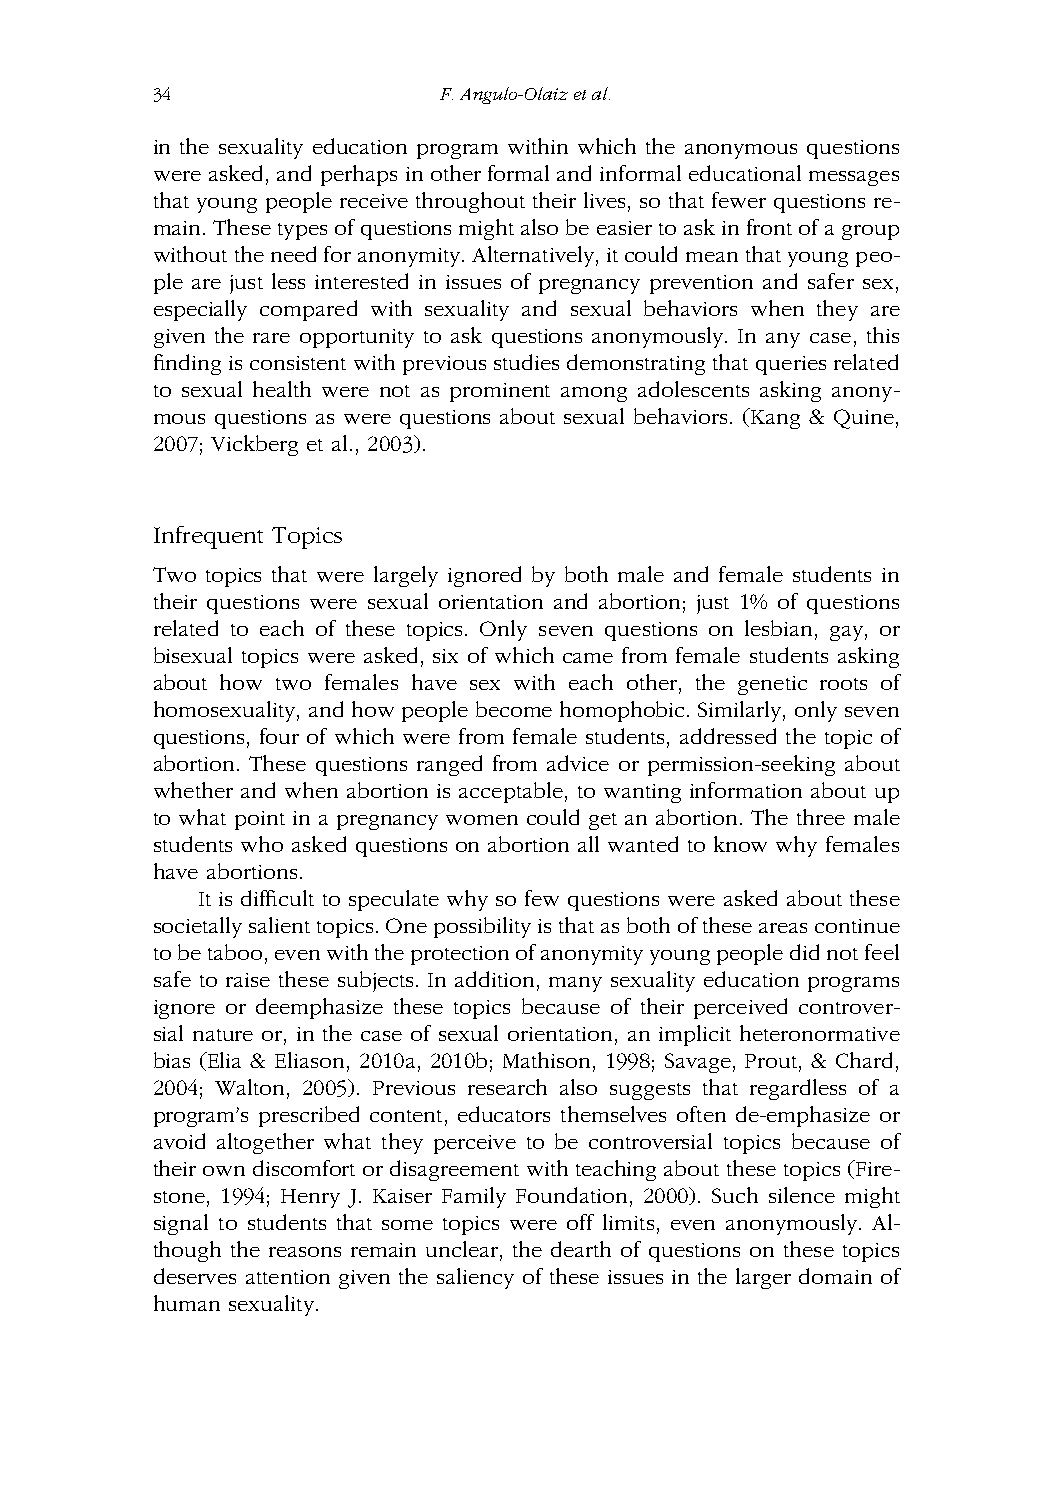
34                 F.Angulo-Olaizetal.
 in the sexuality education program within which the anonymous questions
 were asked, and perhaps in other formal and informal educational messages
 that young people receive throughout their lives, so that fewer questions re-
 main.Thesetypesofquestionsmightalsobeeasiertoaskinfrontofagroup
 withouttheneedforanonymity.Alternatively,itcouldmeanthatyoungpeo-
 ple are just less interested in issues of pregnancy prevention and safer sex,
 especially compared with sexuality and sexual behaviors when they are
 given the rare opportunity to ask questions anonymously. In any case, this
 finding is consistent with previous studies demonstrating that queries related
 to sexual health were not as prominent among adolescents asking anony-
 mous questions as were questions about sexual behaviors. (Kang & Quine,
 2007; Vickberg et al., 2003).
 Infrequent Topics
 Two topics that were largely ignored by both male and female students in
 their questions were sexual orientation and abortion; just 1% of questions
 related to each of these topics. Only seven questions on lesbian, gay, or
 bisexual topics were asked, six of which came from female students asking
 about how two females have sex with each other, the genetic roots of
 homosexuality, and how people become homophobic. Similarly, only seven
 questions, four of which were from female students, addressed the topic of
 abortion. These questions ranged from advice or permission-seeking about
 whether and when abortion is acceptable, to wanting information about up
 to what point in a pregnancy women could get an abortion. The three male
 students who asked questions on abortion all wanted to know why females
 have abortions.
 It is difficult to speculate why so few questions were asked about these
 societallysalienttopics.Onepossibilityisthatasbothoftheseareascontinue
 tobetaboo,evenwiththeprotectionofanonymityyoungpeopledidnotfeel
 safe to raise these subjects. In addition, many sexuality education programs
 ignore or deemphasize these topics because of their perceived controver-
 sial nature or, in the case of sexual orientation, an implicit heteronormative
 bias (Elia & Eliason, 2010a, 2010b; Mathison, 1998; Savage, Prout, & Chard,
 2004; Walton, 2005). Previous research also suggests that regardless of a
 program’s prescribed content, educators themselves often de-emphasize or
 avoid altogether what they perceive to be controversial topics because of
 theirowndiscomfortordisagreementwithteachingaboutthesetopics(Fire-
 stone, 1994; Henry J. Kaiser Family Foundation, 2000). Such silence might
 signal to students that some topics were off limits, even anonymously. Al-
 though the reasons remain unclear, the dearth of questions on these topics
 deserves attention given the saliency of these issues in the larger domain of
 human sexuality.